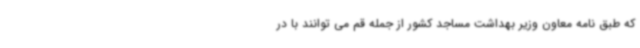
که طبق نامه معاون وزیر بهداشت مساجد کشور از جمله قم می توانند با در